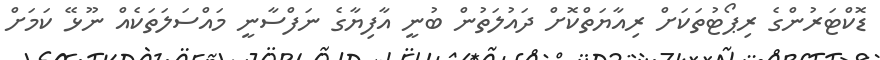
ޑޮކްޓަރުންގެ ރިޕޯޓުތަކަށް ރިއާޔަތްކޮށް ދައުލަތުން ބުނީ އާފިޔާގެ ނަފްސާނީ މައްސަލަތަކެއް ނޫޅޭ ކަމަށް